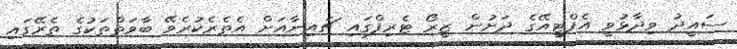
ސައީދު ވިދާޅުވީ އެފްޓީއޭގެ ދަށުން ޒީރޯ ޓެރިފްގައި ޗައިނާއަށް އެތެރެކުރެވޭ ބާވަތްތަކުގެ ތެރޭގައި